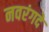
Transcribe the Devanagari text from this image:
नवरंगदे